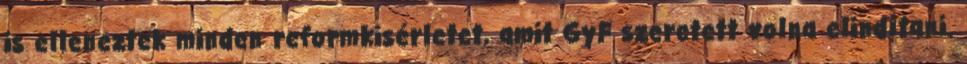
is elleneztek minden reformkisérletet, amit GyF szeretett volna elindítani.